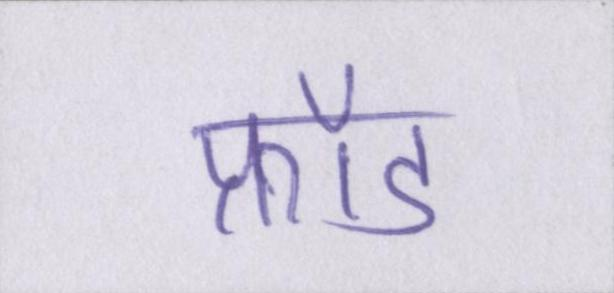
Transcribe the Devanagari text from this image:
फ्रॉड